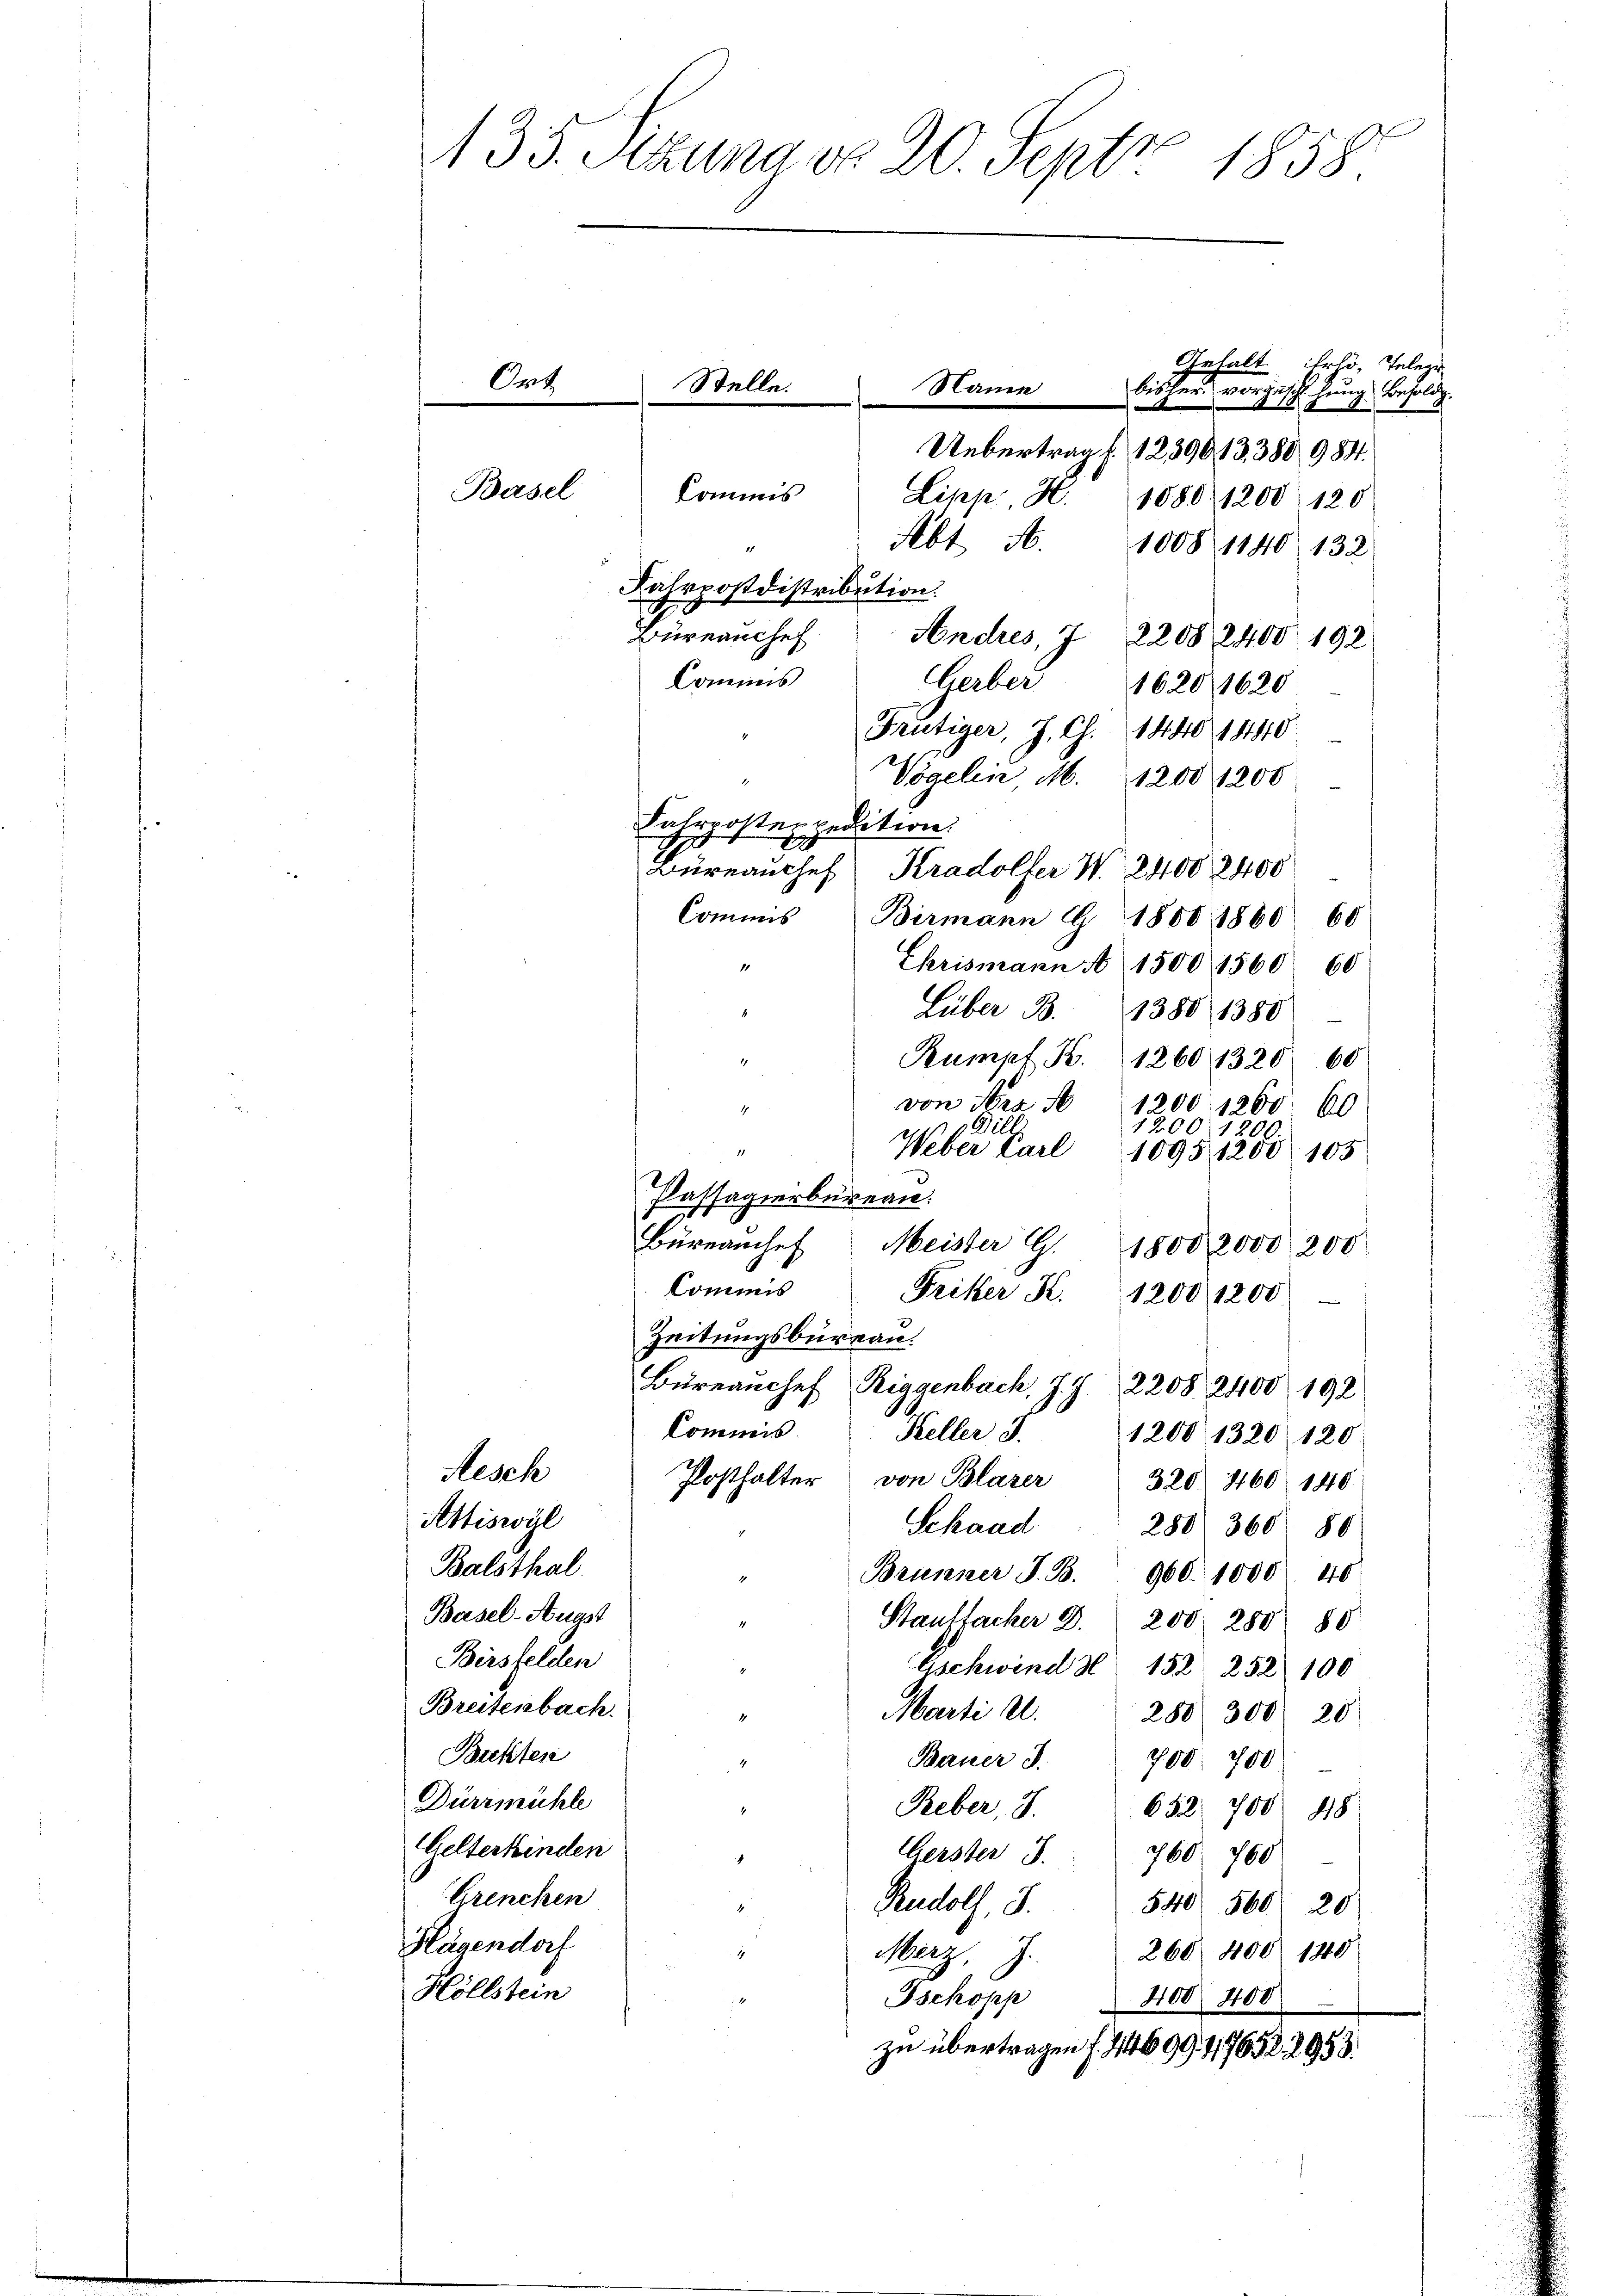
435. Secuna do 20. Sept 1858

Basel

Ort,
Name
Uebertrag f. 1239813. 380 984.
Lipp, H.
1880, 1200. 120
Abt. A. 1008 1140 132
Fahrpostdistribution.
Bureanchef
Andres, 7. 22082400. 192
Commis
Gerber 1620, 1620
Frutiger, J. Ch. 1440. 1440.
Vögelin M. 1200. 1200.
Suhrpostenpedition:
Büreau chef Kradolfer W. 2400 2400
Commis
Birmann G 1800 1860 60
Ehrismann A 1500 1560. 60
Lüber B. 1380 1380
Kumpf B. 1260 1320 60
von Fra
1200 1200. 60
4
Bill
7200. 1200.
Weber Karl
f
1095 1200 105
Passagierbüreau.
Büreamchef Meister G. 1800 2000 200
kommis
Fritzer K. 1200 1200
Zeitungsbureau.
Büreanchef Riggenbach, J. J. 2208. 2400. 192
Commis
Keller 5.
1200 1320 120.
Aesch
Posthalter von Blazer 320. 460 140.
Attiswyl
Schaad 280 360. 86
Balsthal
" Brunner J. B. 960. 1000 40
Basel-Augst
Staulfacher D. 200. 288 80
Birsfelden
Aschwind S. 152. 252 100
Breitenbach.
Marti u. 250. 300 20
Butter
Bauer J.
700. 700
4
Dürzmühle
E
Reber, S. 652. 700 418
Gelterkinden
Gerster J. 760 760
Grenchen
Rudolf, S. 540 560 20
Hagendorf
4
Merr, J. 260 400 140
Höllstein
Zschopp
400. 400
zu übertragen f. 46994,7652. 2958.

Stelle.
Commis

Gehalt irlo, Telege
bischer vorgeschlagung Besold